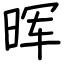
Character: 晖